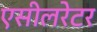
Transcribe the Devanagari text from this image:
एसीलरेटर